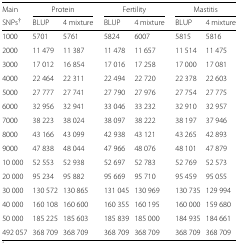
<table><thead><tr><td><b>Main</b></td><td colspan="2"><b>Protein</b></td><td></td><td colspan="2"><b>Fertility</b></td><td></td><td colspan="2"><b>Mastitis</b></td></tr><tr><td><b>SNPs <sup><i>†</i></sup></b></td><td><b>BLUP</b></td><td><b>4 mixture</b></td><td></td><td><b>BLUP</b></td><td><b>4 mixture</b></td><td></td><td><b>BLUP</b></td><td><b>4 mixture</b></td></tr></thead><tbody><tr><td>1000</td><td>5701</td><td>5761</td><td></td><td>5824</td><td>6007</td><td></td><td>5815</td><td>5816</td></tr><tr><td>2000</td><td>11 479</td><td>11 387</td><td></td><td>11 478</td><td>11 657</td><td></td><td>11 514</td><td>11 475</td></tr><tr><td>3000</td><td>17 012</td><td>16 854</td><td></td><td>17 016</td><td>17 258</td><td></td><td>17 000</td><td>17 081</td></tr><tr><td>4000</td><td>22 464</td><td>22 311</td><td></td><td>22 494</td><td>22 720</td><td></td><td>22 378</td><td>22 603</td></tr><tr><td>5000</td><td>27 777</td><td>27 741</td><td></td><td>27 790</td><td>27 976</td><td></td><td>27 754</td><td>27 775</td></tr><tr><td>6000</td><td>32 956</td><td>32 941</td><td></td><td>33 046</td><td>33 232</td><td></td><td>32 910</td><td>32 957</td></tr><tr><td>7000</td><td>38 223</td><td>38 024</td><td></td><td>38 097</td><td>38 222</td><td></td><td>38 197</td><td>37 946</td></tr><tr><td>8000</td><td>43 166</td><td>43 099</td><td></td><td>42 938</td><td>43 121</td><td></td><td>43 265</td><td>42 893</td></tr><tr><td>9000</td><td>47 838</td><td>48 044</td><td></td><td>47 966</td><td>48 076</td><td></td><td>48 101</td><td>47 879</td></tr><tr><td>10 000</td><td>52 553</td><td>52 938</td><td></td><td>52 697</td><td>52 783</td><td></td><td>52 769</td><td>52 573</td></tr><tr><td>20 000</td><td>95 234</td><td>95 882</td><td></td><td>95 669</td><td>95 710</td><td></td><td>95 459</td><td>95 055</td></tr><tr><td>30 000</td><td>130 572</td><td>130 865</td><td></td><td>131 045</td><td>130 969</td><td></td><td>130 735</td><td>129 994</td></tr><tr><td>40 000</td><td>160 108</td><td>160 600</td><td></td><td>160 355</td><td>160 195</td><td></td><td>160 000</td><td>159 680</td></tr><tr><td>50 000</td><td>185 225</td><td>185 603</td><td></td><td>185 839</td><td>185 000</td><td></td><td>184 935</td><td>184 661</td></tr><tr><td>492 057</td><td>368 709</td><td>368 709</td><td></td><td>368 709</td><td>368 709</td><td></td><td>368 709</td><td>368 709</td></tr></tbody></table>